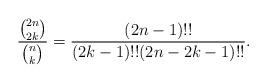
LaTeX: \begin{align*}\frac{\binom{2n}{2k}}{\binom{n}{k}}=\frac{(2n-1)!!}{(2k-1)!!(2n-2k-1)!!}.\end{align*}